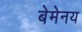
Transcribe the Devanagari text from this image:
बेमेनय